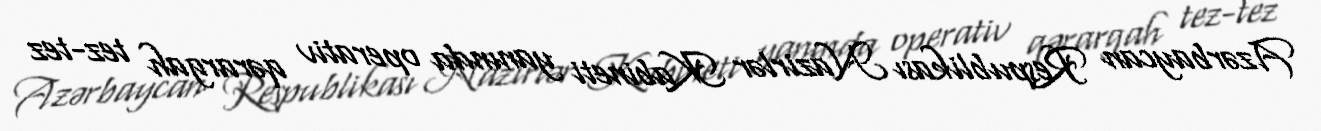
Azərbaycan Respublikası Nazirlər Kabineti yanında operativ qərargah tez-tez